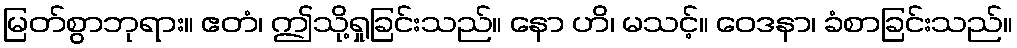
မြတ်စွာဘုရား။ ဧတံ၊ ဤသို့ရှုခြင်းသည်။ နော ဟိ၊ မသင့်။ ဝေဒနာ၊ ခံစာခြင်းသည်။